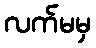
လက်မမှ